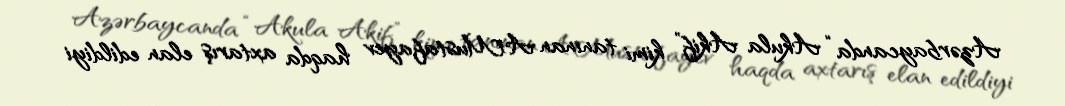
Azərbaycanda “Akula Akif” kimi tanınan A.Mustafayev haqda axtarış elan edildiyi